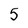
Character: 5